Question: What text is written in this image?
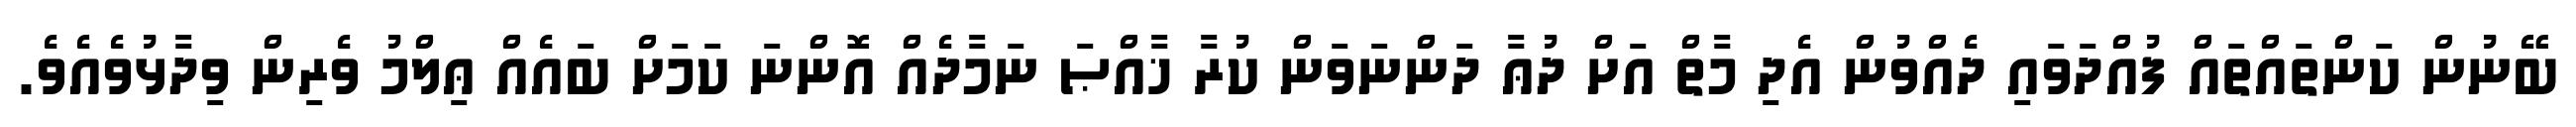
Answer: ބޭނުން ކަންތައްތައް ފުއްދަވައި ދެއްވުން އެދި މާތް އަށް ދުޢާ ދަންނަވަން ކުރާ ޚާއްޞަ ނަމާދެއް އޮންނަ ކަމަށް ބައެއް ޢިލްމު ވެރިން ވިދާޅުވެއެވެ.